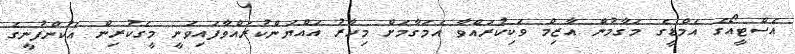
އެސްޓީއޯގެ އެމްޑީގެ މަގާމުން އާޒިމް ވަކިކުރައްވާ އެމަގާމަށް މިހާރު އައްޔަންކުރައްވާފައިވަނީ މީގެކުރިން އެކުންފުނީގެ